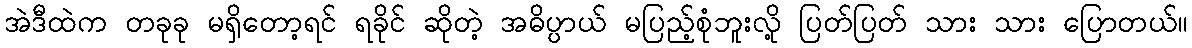
အဲဒီထဲက တခုခု မရှိတော့ရင် ရခိုင် ဆိုတဲ့ အဓိပ္ပာယ် မပြည့်စုံဘူးလို့ ပြတ်ပြတ် သား သား ပြောတယ်။